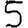
Digit: 5